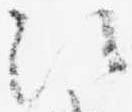
次